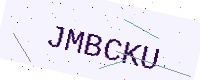
Text: JMBCKU